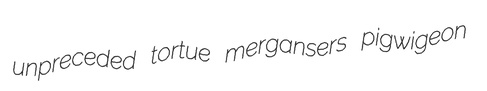
unpreceded tortue mergansers pigwigeon